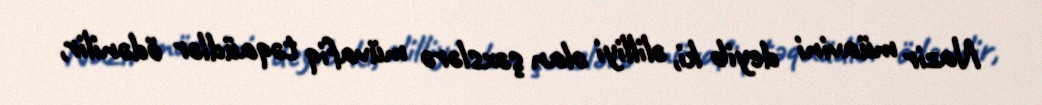
Nazir müavini deyib ki, əlilliyi olan şəxslərə müvafiq təqaüdlər ödənilir,